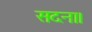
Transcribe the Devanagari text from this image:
सदना।